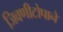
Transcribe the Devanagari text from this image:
जिवणीटोपाने